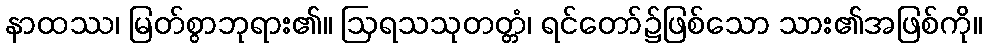
နာထဿ၊ မြတ်စွာဘုရား၏။ ဩရသသုတတ္တံ၊ ရင်တော်၌ဖြစ်သော သား၏အဖြစ်ကို။